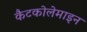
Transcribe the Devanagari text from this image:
कैटकोलेमाइन